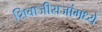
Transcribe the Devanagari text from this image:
शिवाजीराजांमध्ये